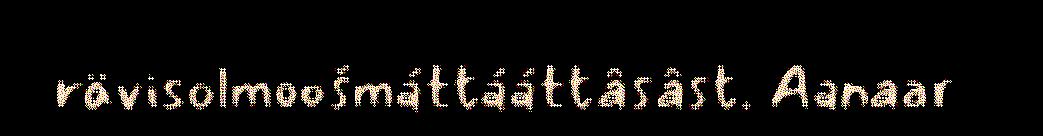
rävisolmoošmáttááttâsâst. Aanaar